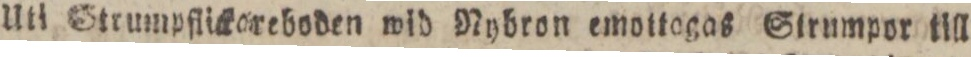
Uti Strumpflickareboden wid Nybron emottogas Strumpor till